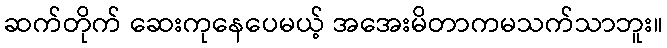
ဆက်တိုက် ဆေးကုနေပေမယ့် အအေးမိတာကမသက်သာဘူး။